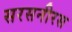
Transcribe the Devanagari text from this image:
सरसनीरस